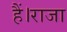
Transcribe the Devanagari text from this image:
हैं।राजा